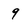
Character: 9